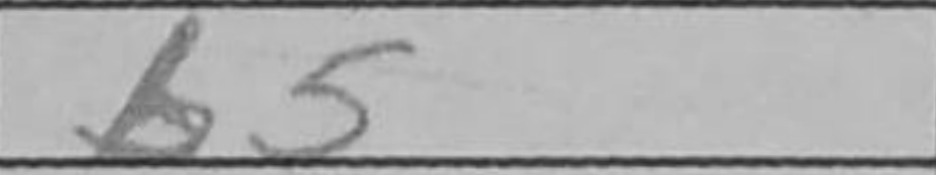
Transcription: b5